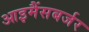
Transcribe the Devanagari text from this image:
आइमैंसबर्जर